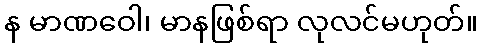
န မာဏဝေါ၊ မာနဖြစ်ရာ လုလင်မဟုတ်။